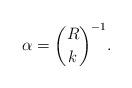
LaTeX: \begin{align*} \alpha=\binom{R}{k}^{-1}.\end{align*}